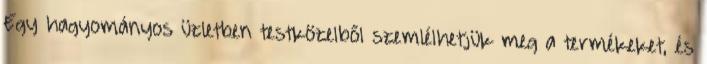
Egy hagyományos üzletben testközelből szemlélhetjük meg a termékeket, és